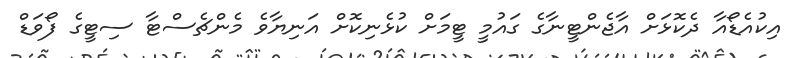
އިކުއެޑޯއާ ދެކޮޅަށް އާޖެންޓީނާގެ ގައުމީ ޓީމަށް ކުޅެނިކޮށް އަނިޔާވެ މެންޗެސްޓާ ސިޓީގެ ފޯވަޑް